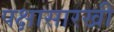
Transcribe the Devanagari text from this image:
पक्षासारखी